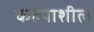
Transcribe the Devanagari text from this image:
कल्पाशील